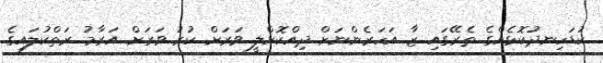
ކުޑަހިނދުކޮޅެއްގެ ތެރޭގައި ޒާ އަހަރެންނަށް ދިއްކޮށްލީ ވަރަށް ކުރު ވަރަށް އަރާމު ރަތްކުލައިގެ